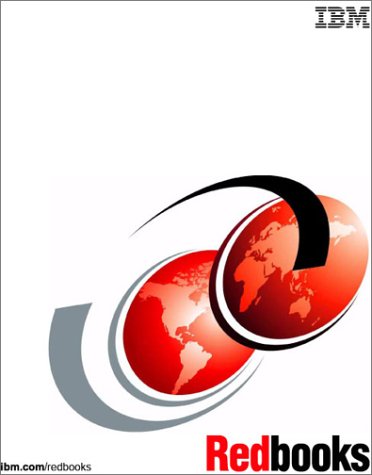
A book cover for Implementing the IBM Totalstorage Nas 300G: High Speed Cross Platform Storage and Tivoli Sanergy (Ibm Redbooks); IBM Redbooks; Computers & Technology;